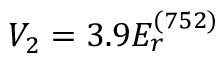
V _ { 2 } = 3 . 9 E _ { r } ^ { ( 7 5 2 ) }